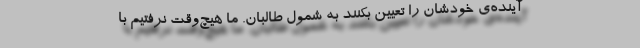
آینده‌ی‌ خودشان را تعیین بکنند به شمول طالبان. ما هیچ‌وقت نرفتیم با